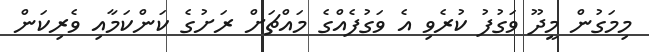
މިމަގުން މީދޫ ވަގުފު ކުރެވި އެ ވަގުފެއްގެ މައްޗަށް ރަށުގެ ކަންކަމާއި ވެރިކަން